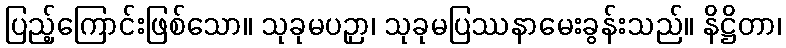
ပြည့်ကြောင်းဖြစ်သော။ သုခုမပဉှာ၊ သုခုမပြဿနာမေးခွန်းသည်။ နိဋ္ဌိတာ၊